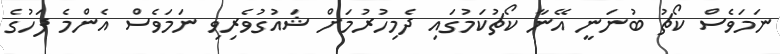
ނަމަވެސް ކޯޗު ބުނަނީ އޭނާ ކޯޗުކަމުގައި ދެމިހުރުމަށް ޝައުގުވެރިވި ނަމަވެސް އެންމެ ފަހުގެ